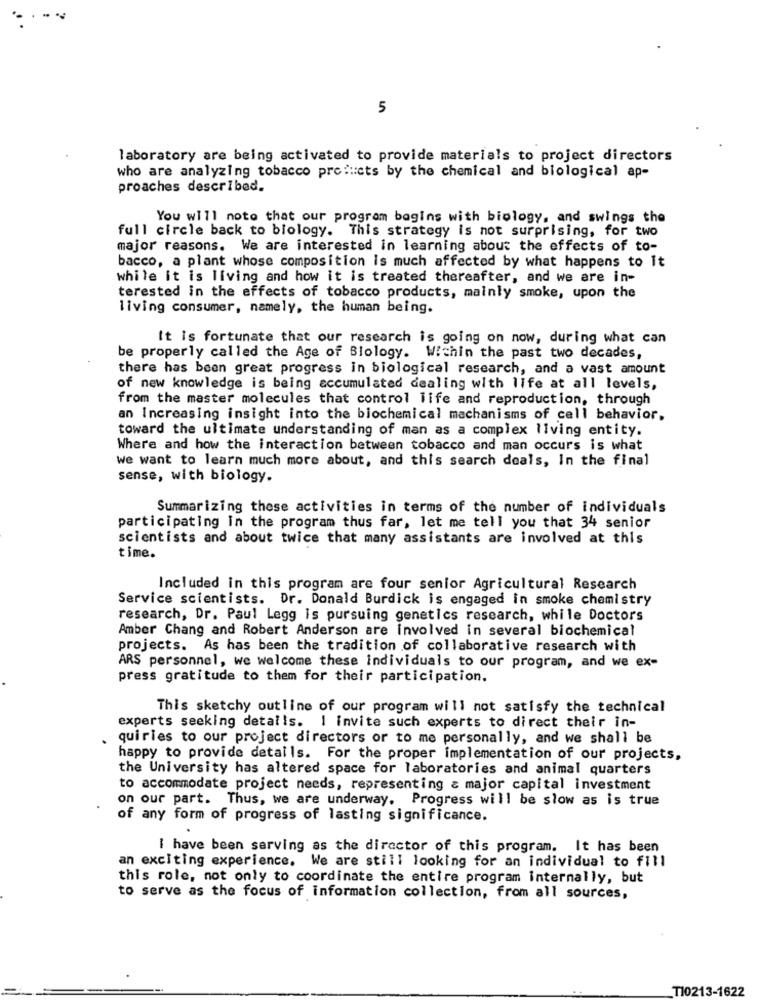
5
laboratory are being activated to provide materials to project directors
who are analyzing tobacco products by the chemical and biological ap-
proaches described.
You will note that our program bagins with biology, and swings the
full circle back to biology. This strategy is not surprising, for two
major reasons. We are interested in learning about the effects of to-
bacco, a plant whose composition is much affected by what happens to it
while it is living and how it is treated thereafter, and we are in-
terested in the effects of tobacco products, mainly smoke, upon the
living consumer, namely, the human being.
It is fortunate that our research is going on now, during what can
be properly called the Age of Biology. Within the past two decades,
there has been great progress in biological research, and a vast amount
of new knowledge is being accumulated dealing with life at all levels,
from the master molecules that control life and reproduction, through
an Increasing insight into the biochemical mechanisms of cell behavior.
toward the ultimate understanding of man as a complex living entity.
Where and how the interaction between tobacco and man occurs is what
we want to learn much more about, and this search deals, In the final
sense, with biology.
Summarizing these activities in terms of the number of individuals
participating in the program thus far, let me tell you that 34 senior
scientists and about twice that many assistants are involved at this
time.
Included in this program are four senior Agricultural Research
Service scientists. Dr. Donald Burdick is engaged in smoke chemistry
research, Dr. Paul Legg is pursuing genetics research, while Doctors
Amber Chang and Robert Anderson are involved in several biochemical
projects. As has been the tradition of collaborative research with
ARS personnel, we welcome these individuals to our program, and we ex-
press gratitude to them for their participation.
This sketchy outline of our program will not satisfy the technical
experts seeking details. I invite such experts to direct their in-
quiries to our project directors or to me personally, and we shall be
happy to provide details. For the proper implementation of our projects,
the University has altered space for laboratories and animal quarters
to accommodate project needs, representing & major capital investment
on our part. Thus, we are underway. Progress will be slow as is true
of any form of progress of lasting significance.
I have been serving as the director of this program. It has been
an exciting experience. We are still looking for an individual to fill
this role, not only to coordinate the entire program internally, but
to serve as the focus of information collection, from all sources,
_T10213-1622